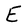
Character: E